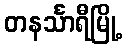
တနင်္သာရီမြို့